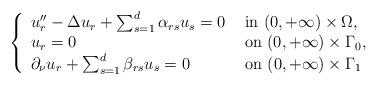
LaTeX: \begin{align*}\left\lbrace\begin{array}{ll}u_r'' -\Delta u_r + \sum_{s=1}^d\alpha_{rs}u_s =0&\hbox{ in } (0, +\infty)\times\Omega,\\u_r =0 & \hbox{ on }(0, +\infty)\times \Gamma_0,\\\partial_\nu u_r +\sum_{s=1}^d\beta_{rs}u_s =0 & \hbox{ on }(0, +\infty)\times\Gamma_1\end{array}\right.\end{align*}